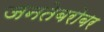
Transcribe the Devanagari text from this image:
जनतेबरोबर